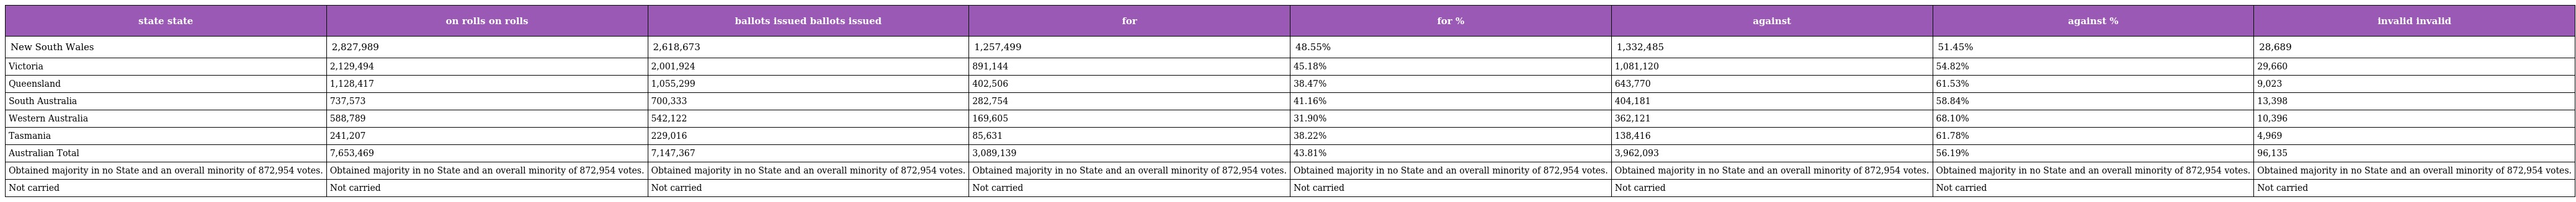
| state state | on rolls on rolls | ballots issued ballots issued | for | for % | against | against % | invalid invalid |
 | --- | --- | --- | --- | --- | --- | --- | --- |
 | New South Wales | 2,827,989 | 2,618,673 | 1,257,499 | 48.55% | 1,332,485 | 51.45% | 28,689 |
 | Victoria | 2,129,494 | 2,001,924 | 891,144 | 45.18% | 1,081,120 | 54.82% | 29,660 |
 | Queensland | 1,128,417 | 1,055,299 | 402,506 | 38.47% | 643,770 | 61.53% | 9,023 |
 | South Australia | 737,573 | 700,333 | 282,754 | 41.16% | 404,181 | 58.84% | 13,398 |
 | Western Australia | 588,789 | 542,122 | 169,605 | 31.90% | 362,121 | 68.10% | 10,396 |
 | Tasmania | 241,207 | 229,016 | 85,631 | 38.22% | 138,416 | 61.78% | 4,969 |
 | Australian Total | 7,653,469 | 7,147,367 | 3,089,139 | 43.81% | 3,962,093 | 56.19% | 96,135 |
 | Obtained majority in no State and an overall minority of 872,954 votes. | Obtained majority in no State and an overall minority of 872,954 votes. | Obtained majority in no State and an overall minority of 872,954 votes. | Obtained majority in no State and an overall minority of 872,954 votes. | Obtained majority in no State and an overall minority of 872,954 votes. | Obtained majority in no State and an overall minority of 872,954 votes. | Obtained majority in no State and an overall minority of 872,954 votes. | Obtained majority in no State and an overall minority of 872,954 votes. |
 | Not carried | Not carried | Not carried | Not carried | Not carried | Not carried | Not carried | Not carried |